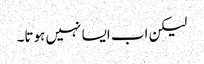
لیکن اب ایسا نہیں ہوتا۔